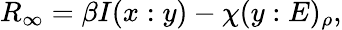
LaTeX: R_{\infty}=\beta I(x:y)-\chi(y:E)_{\rho},